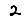
Digit: 2